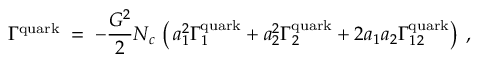
\Gamma ^ { \mathrm { q u a r k } } \; = \; - \frac { G ^ { 2 } } { 2 } N _ { c } \, \left( \, a _ { 1 } ^ { 2 } \Gamma _ { 1 } ^ { \mathrm { q u a r k } } + a _ { 2 } ^ { 2 } \Gamma _ { 2 } ^ { \mathrm { q u a r k } } + 2 a _ { 1 } a _ { 2 } \Gamma _ { 1 2 } ^ { \mathrm { q u a r k } } \right) \; ,